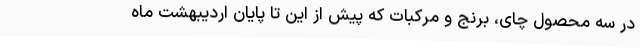
در سه محصول چای، برنج و مرکبات که پیش از این تا پایان اردیبهشت ماه